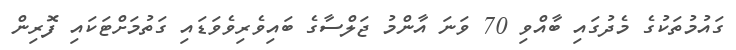
ގައުމުތަކުގެ މެދުގައި ބާއްވި 70 ވަނަ އާންމު ޖަލްސާގެ ބައިވެރިވެވަޑައި ގަތުމަށްޓަކައި ފޮރިން